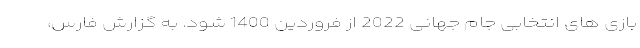
بازی های انتخابی جام جهانی 2022 از فروردین 1400 شود. به گزارش فارس،